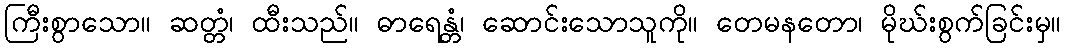
ကြီးစွာသော။ ဆတ္တံ၊ ထီးသည်။ ဓာရေန္တံ၊ ဆောင်းသောသူကို။ တေမနတော၊ မိုဃ်းစွက်ခြင်းမှ။